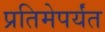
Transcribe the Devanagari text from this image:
प्रतिमेपर्यंत